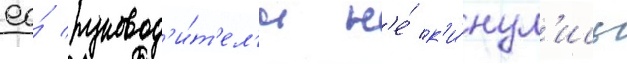
ео́ руковод'и́т'ел'и н'е́ к'и́нул'ись